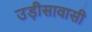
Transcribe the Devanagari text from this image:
उड़ीसावासी